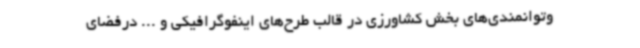
وتوانمندی‌های بخش کشاورزی در قالب طرح‌های اینفوگرافیکی و ... درفضای